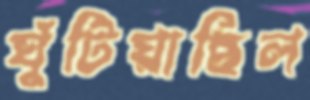
ঘুঁটিয়াছিল